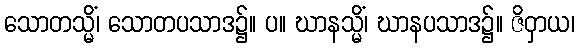
သောတသ္မိံ၊ သောတပသာဒ၌။ ပ။ ဃာနသ္မိံ၊ ဃာနပသာဒ၌။ ဇိဝှာယ၊